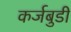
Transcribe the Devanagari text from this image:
कर्जबुडी